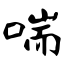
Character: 喘